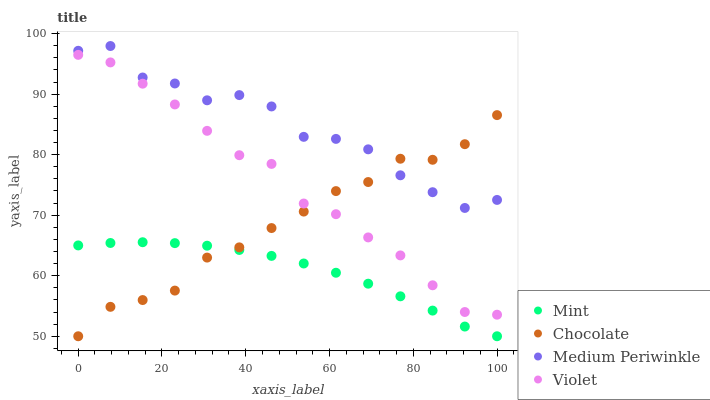
| xaxis_label | Mint | Chocolate | Medium Periwinkle | Violet |
 | --- | --- | --- | --- | --- |
 | 0 | 65 | 50 | 97.2 | 96.5 |
 | 7.69 | 65.4 | 54.9 | 98 | 95.2 |
 | 15.4 | 65.5 | 56 | 92.8 | 91.7 |
 | 23.1 | 65.4 | 57.5 | 91.8 | 88.3 |
 | 30.8 | 65 | 63 | 89 | 83.9 |
 | 38.5 | 64.3 | 64.7 | 89.8 | 79.9 |
 | 46.2 | 63.3 | 67.9 | 88 | 78.5 |
 | 53.8 | 62 | 70.6 | 82.9 | 71.9 |
 | 61.5 | 60.5 | 74 | 82.6 | 70.2 |
 | 69.2 | 58.7 | 75.5 | 80.9 | 66.3 |
 | 76.9 | 56.6 | 79.3 | 76.6 | 63.4 |
 | 84.6 | 54.2 | 79.2 | 73.8 | 58.4 |
 | 92.3 | 51.6 | 81.7 | 71.2 | 54 |
 | 100 | 50 | 86.5 | 72.5 | 53.6 |